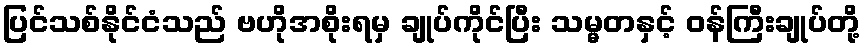
ပြင်သစ်နိုင်ငံသည် ဗဟိုအစိုးရမှ ချုပ်ကိုင်ပြီး သမ္မတနှင့် ဝန်ကြီးချုပ်တို့